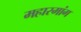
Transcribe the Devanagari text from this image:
महारमांग